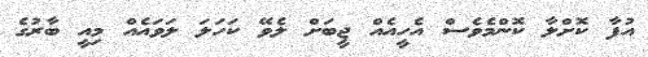
އުފާ ކޮށްލާ ކޮންމެވެސް އެހީއެއް ޖީބަށް ލެވޭ ކަހަލަ ލަވައެއް މިއީ ބާރުގެ